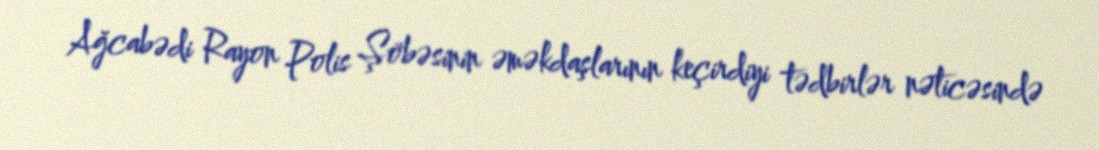
Ağcabədi Rayon Polis Şöbəsinin əməkdaşlarının keçirdiyi tədbirlər nəticəsində